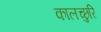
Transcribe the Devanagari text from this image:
कालच्छुरि